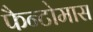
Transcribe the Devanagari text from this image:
फैन्टोमास